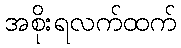
အစိုးရလက်ထက်